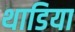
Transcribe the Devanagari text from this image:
थाडिया